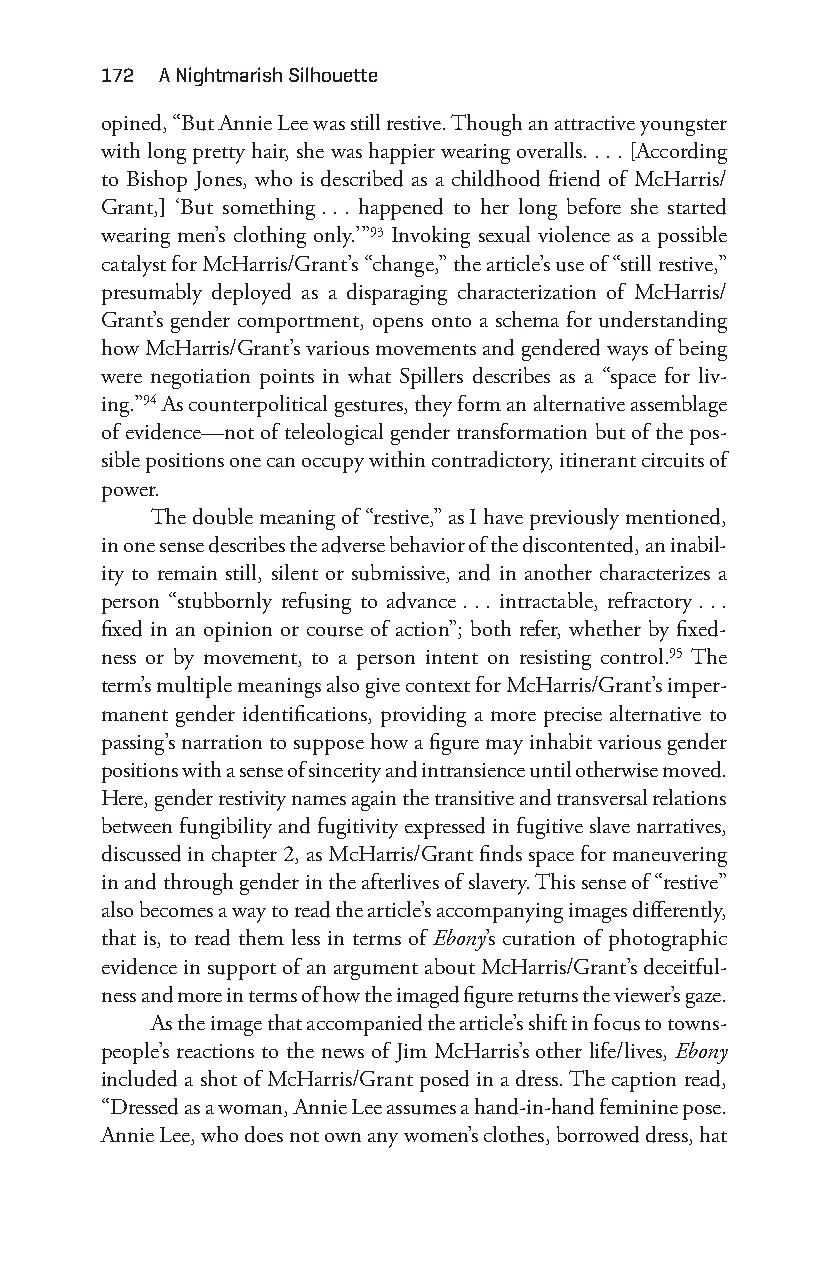
172 a nightmarish Silhouette
 opined, “But Annie Lee was still restive. Though an attractive youngster
 with long pretty hair, she was happier wearing overalls. . . . [According
 to Bishop Jones, who is described as a childhood friend of McHarris/
 Grant,] ‘But something . . . happened to her long before she started
 wearing men’s clothing only.’”93 Invoking sexual violence as a possible
 catalyst for McHarris/Grant’s “change,” the article’s use of “still restive,”
 presumably deployed as a disparaging characterization of McHarris/
 Grant’s gender comportment, opens onto a schema for understanding
 how McHarris/Grant’s various movements and gendered ways of being
 were negotiation points in what Spillers describes as a “space for liv-
 ing.”94 As counterpolitical gestures, they form an alternative assemblage
 of evidence— not of teleological gender transformation but of the pos-
 sible positions one can occupy within contradictory, itinerant circuits of
 power.
 The double meaning of “restive,” as I have previously mentioned,
 in one sense describes the adverse behavior of the discontented, an inabil-
 ity to remain still, silent or submissive, and in another characterizes a
 person “stubbornly refusing to advance . . . intractable, refractory . . .
 fixed in an opinion or course of action”; both refer, whether by fixed-
 ness or by movement, to a person intent on resisting control.95 The
 term’s multiple meanings also give context for McHarris/Grant’s imper-
 manent gender identifications, providing a more precise alternative to
 passing’s narration to suppose how a figure may inhabit various gender
 positions with a sense of sincerity and intransience until otherwise moved.
 Here, gender restivity names again the transitive and transversal relations
 between fungibility and fugitivity expressed in fugitive slave narratives,
 discussed in chapter 2, as McHarris/Grant finds space for maneuvering
 in and through gender in the afterlives of slavery. This sense of “restive”
 also becomes a way to read the article’s accompanying images differently,
 that is, to read them less in terms of Ebony’s curation of photographic
 evidence in support of an argument about McHarris/Grant’s deceitful-
 ness and more in terms of how the imaged figure returns the viewer’s gaze.
 As the image that accompanied the article’s shift in focus to towns-
 people’s reactions to the news of Jim McHarris’s other life/lives, Ebony
 included a shot of McHarris/Grant posed in a dress. The caption read,
 “Dressed as a woman, Annie Lee assumes a hand- in- hand feminine pose.
 Annie Lee, who does not own any women’s clothes, borrowed dress, hat
 Snorton.indd 172                            29/09/2017 8:41:08 AM